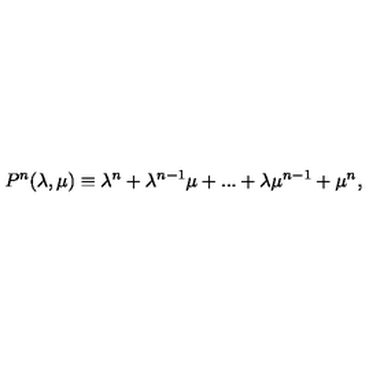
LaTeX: P ^ { n } ( \lambda , \mu ) \equiv \lambda ^ { n } + \lambda ^ { n - 1 } \mu + . . . + \lambda \mu ^ { n - 1 } + \mu ^ { n } ,